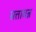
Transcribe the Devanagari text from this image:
सत्तावन्न